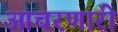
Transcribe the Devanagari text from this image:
आचरणारी